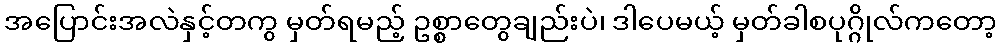
အပြောင်းအလဲနှင့်တကွ မှတ်ရမည့် ဥစ္စာတွေချည်းပဲ၊ ဒါပေမယ့် မှတ်ခါစပုဂ္ဂိုလ်ကတော့